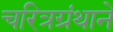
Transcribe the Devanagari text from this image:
चरित्रग्रंथाने